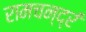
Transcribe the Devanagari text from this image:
रामचन्द्रं